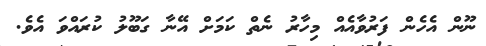
ނޫން އެހެން ފަރުވާއެއް މިހާރު ނެތް ކަމަށް އޭނާ ގަބޫލު ކުރައްވަ އެވެ.